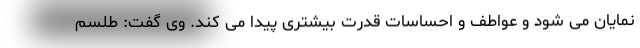
نمایان می شود و عواطف و احساسات قدرت بیشتری پیدا می کند. وی گفت: طلسم